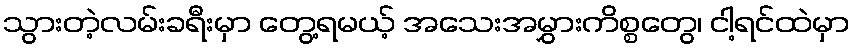
သွားတဲ့လမ်းခရီးမှာ တွေ့ရမယ့် အသေးအမွှားကိစ္စတွေ၊ ငါ့ရင်ထဲမှာ